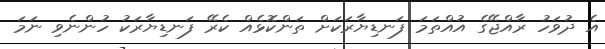
އެ ދުވަހު ރާއްޖޭގެ އުއްތަމަ ފަނޑިޔާރަކަށް ތަންކޮޅެއް ކެރޭ ފަނޑިޔާރަކު ހުންނެވި ނަމަ